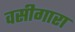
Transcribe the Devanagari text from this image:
वसीगारा